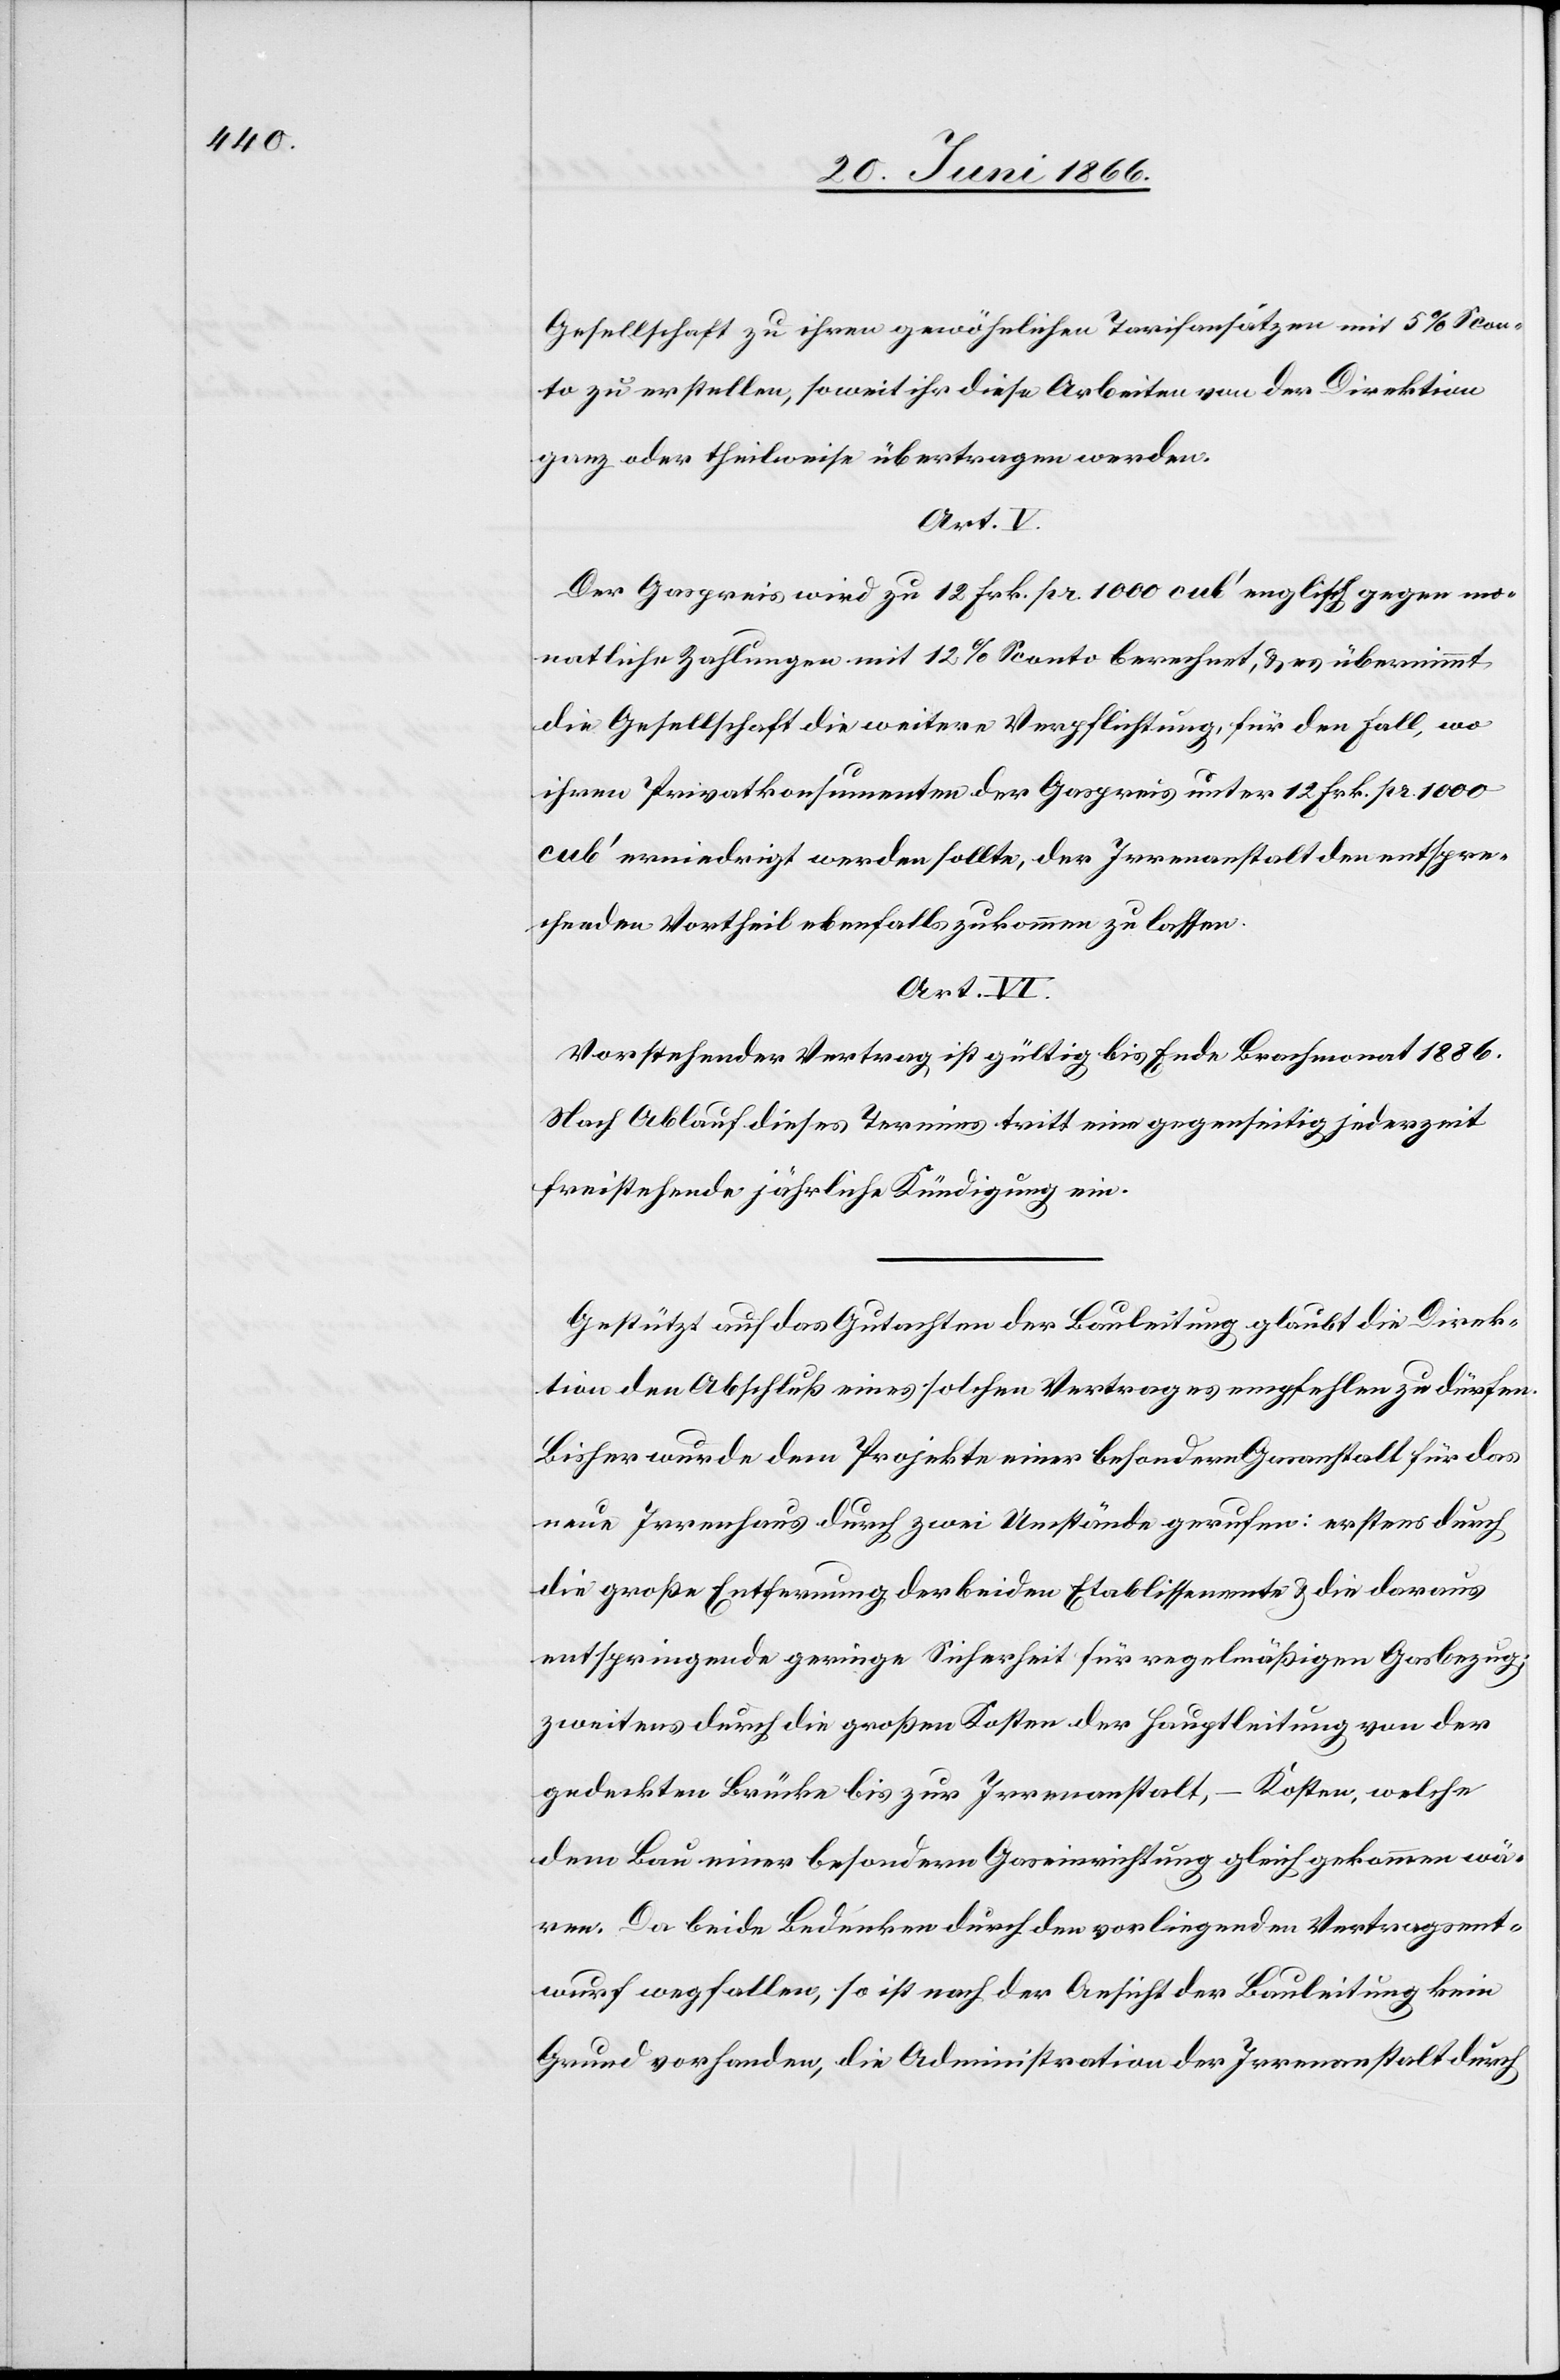
Gesellschaft zu ihren gewöhnlichen Tarifansätzen mit 5 % Scon¬
to zu erstellen, soweit ihr diese Arbeiten von der Direktion
ganz oder theilweise übertragen werden.
Art. V.
Der Gaspreis wird zu 12 Frk. pr. 1000 cub‘ englisch gegen mo¬
natliche Zahlungen mit 12 % Sconto berechnet, u. es übernimmt
die Gesellschaft die weitere Verpflichtung, für den Fall, wo
ihren Privatkonsumenten der Gaspreis unter 12 Frk. pr. 1000
cub‘ erniedrigt werden sollte, der Irrenanstalt den entspre¬
chenden Vortheil ebenfalls zukommen zu lassen.
Art. VI.
Vorstehender Vertrag ist gültig bis Ende Brachmonat 1886.
Nach Ablauf dieses Termines tritt eine gegenseitig jederzeit
freistehende jährliche Kündigung ein.
Gestützt auf das Gutachten der Bauleitung glaubt die Direk¬
tion den Abschluß eines solchen Vertrages empfehlen zu dürfen.
Bisher wurde dem Projekte einer besondern Gasanstalt für das
neue Irrenhaus durch zwei Umstände gerufen: erstens durch
die große Entfernung der beiden Etablissements u. die daraus
entspringende geringe Sicherheit für regelmäßigen Gasbezug;
zweitens durch die großen Kosten der Hauptleitung von der
gedeckten Brücke bis zur Irrenanstalt, – Kosten, welche
dem Bau einer besondern Gaseinrichtung gleich gekommen wä¬
ren. Da beide Bedenken durch den vorliegenden Vertragsent¬
wurf wegfallen, so ist nach der Ansicht der Bauleitung kein
Grund vorhanden, die Administration der Irrenanstalt durch